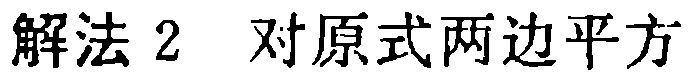
解法 2 对原式两边平方